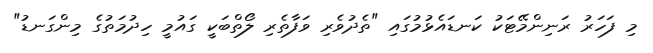
މި ފަހަރު ރަނިންމޭޓަކު ކަނޑައެޅުމުގައި "ތެދުވެރި ވަފާތެރި ލޯތްބަކީ ގައުމީ ހިދުމަތުގެ މިންގަނޑު"